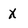
Character: X